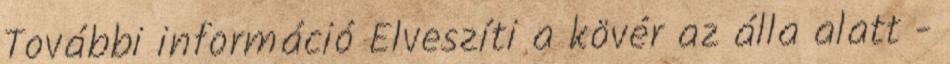
További információ Elveszíti a kövér az álla alatt -